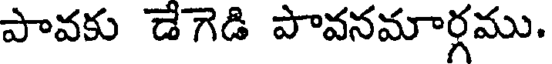
పావకు డేగెడి పావనమార్గము.